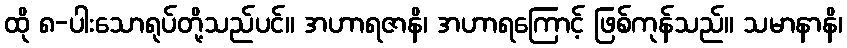
ထို ၈-ပါးသောရုပ်တို့သည်ပင်။ အဟာရဇာနိ၊ အဟာရကြောင့် ဖြစ်ကုန်သည်။ သမာနာနိ၊